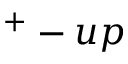
^ + - u p